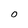
Character: O